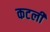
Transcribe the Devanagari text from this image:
कटली